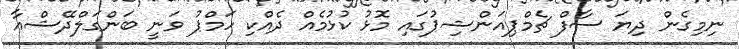
ނިމިގެން ދިޔަ ސާފް ޗެމްޕިއަންޝިޕުގައި މޮޅު ކުޅުމެއް ދެއްކި ހަމްޕު ވަނީ ބަންގަލްދޭޝްއާ